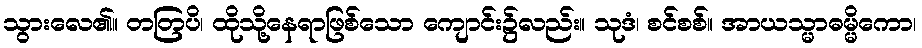
သွားလေ၏။ တတြပိ၊ ထိုသို့နေရာဖြစ်သော ကျောင်း၌လည်း။ သုဒံ၊ စင်စစ်။ အာယသ္မာဓမ္မိကော၊